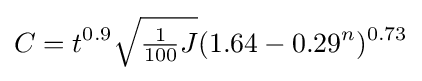
C=t^{0.9}{\sqrt {\textstyle {\frac {1}{100}}J}}(1.64-0.29^{n})^{0.73}